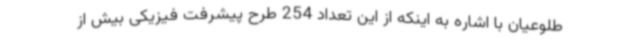
طلوعیان با اشاره به اینکه از این تعداد 254 طرح پیشرفت فیزیکی بیش از